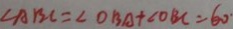
\angle A B C = \angle O B A + \angle O B C = 6 0 ^ { \circ }